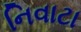
નિવાટા